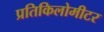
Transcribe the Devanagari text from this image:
प्रतिकिलोमीटर